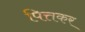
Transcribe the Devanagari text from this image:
पित्तकर